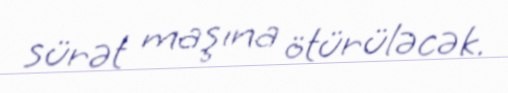
sürət maşına ötürüləcək.